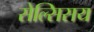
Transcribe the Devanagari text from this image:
सेल्सिसय